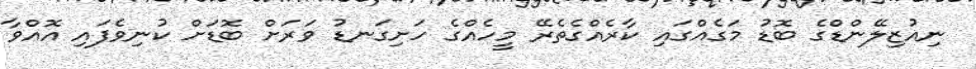
ނިއުޒިލޭންޑްގެ ބޮޑު މަގެއްގައި ކާރެއްގެތެރޭ މީހެއްގެ ހަށިގަނޑު ވަރަށް ބޮޑަށް ކުނިވެފައި އޮއްވާ